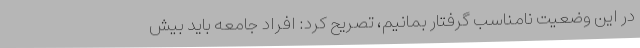
در این وضعیت نامناسب گرفتار بمانیم، تصریح کرد: افراد جامعه باید بیش